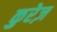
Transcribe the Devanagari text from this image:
कुरेज़